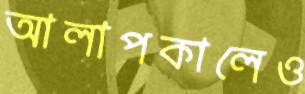
আলাপকালেও